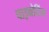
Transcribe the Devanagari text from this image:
पाइवोटिंग